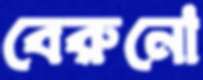
বেরুনো